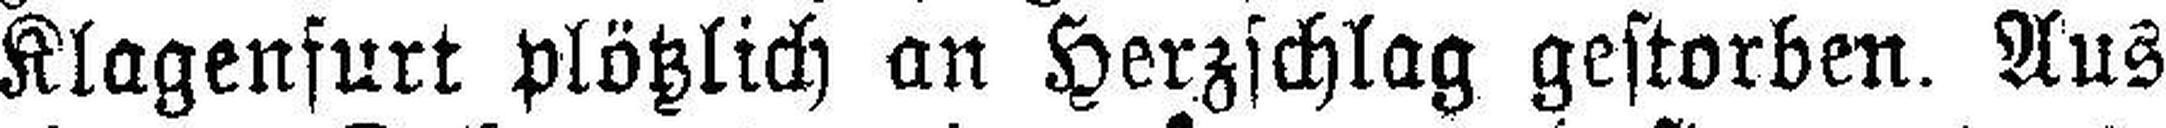
Klagenfurt plötzlich an Herzschlag gestorben. Aus